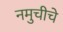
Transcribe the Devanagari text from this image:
नमुचीचे